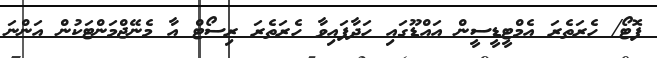
ފޮޓޯ/ ހެރަތެރަ އެމްޓީޑީސީން އައްޑޫގައި ހަދާފައިވާ ހެރަތެރަ ރިސޯޓް އާ މެނޭޖްމަންޓަކުން އަންނަ